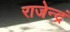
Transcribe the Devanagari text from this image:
राजेन्द्रं